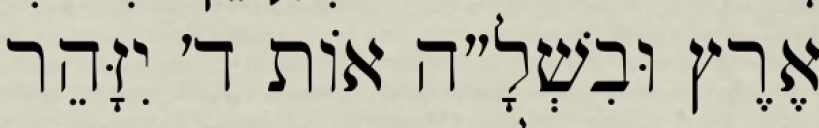
אֶרֶץ וּבִשְׁלָ״ה אוֹת ד׳ יִזָּהֵר